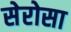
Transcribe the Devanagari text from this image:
सेरोसा